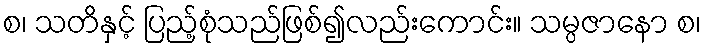
စ၊ သတိနှင့် ပြည့်စုံသည်ဖြစ်၍လည်းကောင်း။ သမ္ပဇာနော စ၊